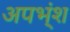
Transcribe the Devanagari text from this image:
अपभ्ंश